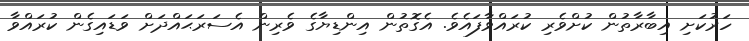
ހަރުކަށި އިބާރާތުން ކުށްވެރި ކުރައްވާފައެވެ. އެގޮތުން އިންޑިޔާގެ ވެރިން އެސަރަޙައްދަށް ވަޑައިގެން ކުރައްވާ